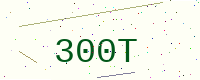
Text: 300T